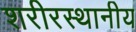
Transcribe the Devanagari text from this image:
शरीरस्थानीय